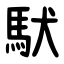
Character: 䭾